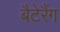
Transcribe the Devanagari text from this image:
बैटेरैंग